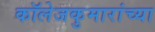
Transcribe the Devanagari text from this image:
कॉलेजकुमारांच्या